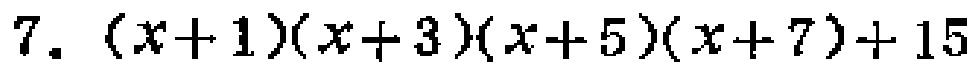
7. \((x + 1)(x + 3)(x + 5)(x + 7)+15\)